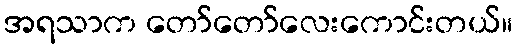
အရသာက တော်တော်လေးကောင်းတယ်။